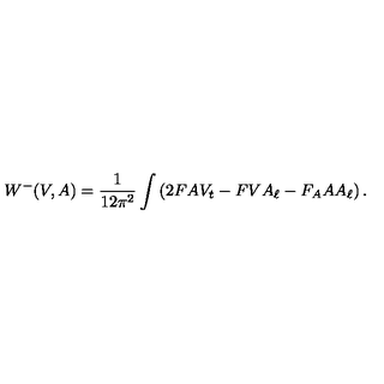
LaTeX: W ^ { - } ( V , A ) = \frac { 1 } { 1 2 \pi ^ { 2 } } \int \left( 2 F A V _ { t } - F V A _ { \ell } - F _ { A } A A _ { \ell } \right) .